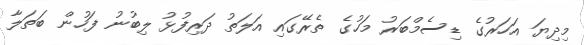
މިދިޔަ އަހަރުގެ ޑިސެމްބަރު މަހުގެ ތެރޭގައި އަލަތު ދަރިފުޅު ލިބުނު ފަހުން ބަތަލާ